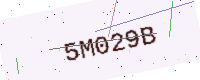
Text: 5M029B